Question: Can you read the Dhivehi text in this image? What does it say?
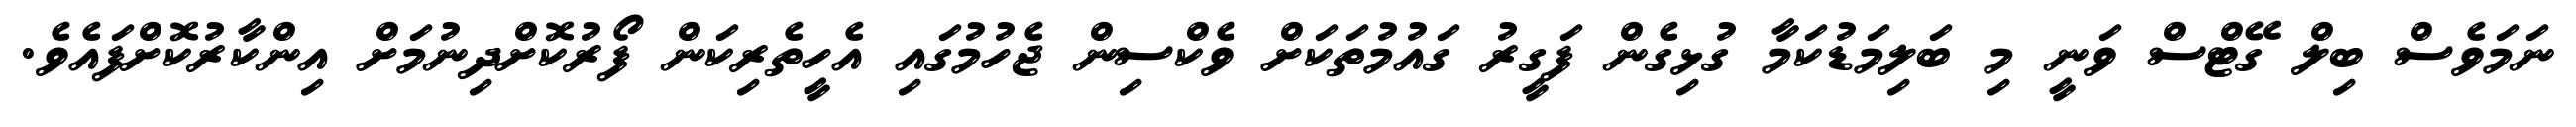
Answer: ނަމަވެސް ބިލް ގޭޓްސް ވަނީ މި ބަލިމަޑުކަމާ ގުޅިގެން ފަގީރު ގައުމުތަކަށް ވެކްސިން ޖެހުމުގައި އެހީތެރިކަން ފޯރުކޮށްދިނުމަށް އިންކާރުކޮށްފައެވެ.